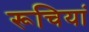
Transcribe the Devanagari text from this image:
रूचियां